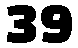
39